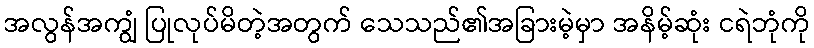
အလွန်အကျွံ ပြုလုပ်မိတဲ့အတွက် သေသည်၏အခြားမဲ့မှာ အနိမ့်ဆုံး ငရဲဘုံကို